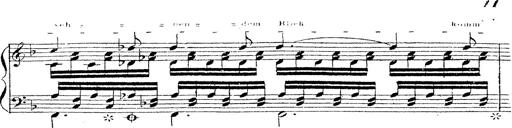
Title: 12 Lieder von Franz Schubert
Composer: Franz Liszt